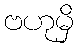
ဗဟုမှိ